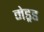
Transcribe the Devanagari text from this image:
मेड्रड